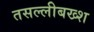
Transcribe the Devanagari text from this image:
तसल्लीबख्श